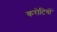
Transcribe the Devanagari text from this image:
करोटियों